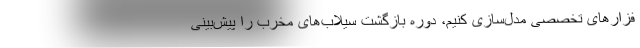
فزارهای تخصصی مدل‌سازی کنیم، دوره بازگشت سیلاب‌های مخرب را پیش‌بینی